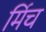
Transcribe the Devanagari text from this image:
र्मिच